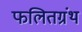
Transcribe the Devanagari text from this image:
फलितग्रंथ